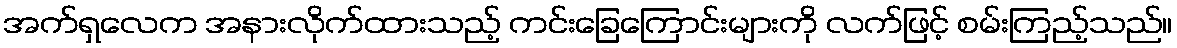
အက်ရှလေက အနားလိုက်ထားသည့် ကင်းခြေကြောင်းများကို လက်ဖြင့် စမ်းကြည့်သည်။